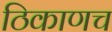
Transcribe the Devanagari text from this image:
ठिकाणच